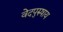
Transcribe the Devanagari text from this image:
वेदपुरुषाय